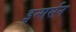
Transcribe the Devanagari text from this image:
इन्सर्सन